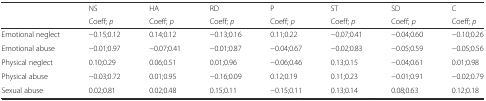
<table><thead><tr><td></td><td><b>NS</b></td><td><b>HA</b></td><td><b>RD</b></td><td><b>P</b></td><td><b>ST</b></td><td><b>SD</b></td><td><b>C</b></td></tr><tr><td></td><td><b>Coeff; <i>p</i></b></td><td><b>Coeff; <i>p</i></b></td><td><b>Coeff; <i>p</i></b></td><td><b>Coeff; <i>p</i></b></td><td><b>Coeff; <i>p</i></b></td><td><b>Coeff; <i>p</i></b></td><td><b>Coeff; <i>p</i></b></td></tr></thead><tbody><tr><td>Emotional neglect</td><td>−0.15;0.12</td><td>0.14;0.12</td><td>−0.13;0.16</td><td>0.11;0.22</td><td>−0.07;0.41</td><td>−0.04;0.60</td><td>−0.10;0.26</td></tr><tr><td>Emotional abuse</td><td>−0.01;0.97</td><td>−0.07;0.41</td><td>−0.01;0.87</td><td>−0.04;0.67</td><td>−0.02;0.83</td><td>−0.05;0.59</td><td>−0.05;0.56</td></tr><tr><td>Physical neglect</td><td>0.10;0.29</td><td>0.06;0.51</td><td>0.01;0.96</td><td>−0.06;0.46</td><td>0.13;0.15</td><td>−0.04;0.61</td><td>0.01;0.98</td></tr><tr><td>Physical abuse</td><td>−0.03;0.72</td><td>0.01;0.95</td><td>−0.16;0.09</td><td>0.12;0.19</td><td>0.11;0.23</td><td>−0.01;0.91</td><td>−0.02;0.79</td></tr><tr><td>Sexual abuse</td><td>0.02;0.81</td><td>0.02;0.48</td><td>0.15;0.11</td><td>−0.15;0.11</td><td>0.13;0.14</td><td>0.08;0.63</td><td>0.12;0.18</td></tr></tbody></table>